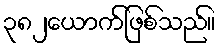
၃၈၂ယောက်ဖြစ်သည်။